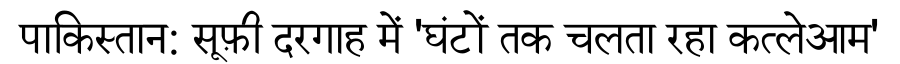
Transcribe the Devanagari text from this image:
पाकिस्तान: सूफ़ी दरगाह में 'घंटों तक चलता रहा कत्लेआम'